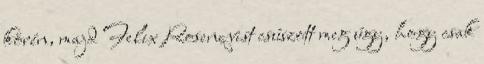
körén, majd Felix Rosenqvist csúszott meg úgy, hogy csak